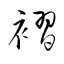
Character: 褶